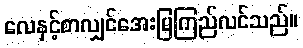
လေနှင့်စာလျှင်အေးမြကြည်လင်သည်။